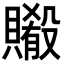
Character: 𬥨